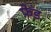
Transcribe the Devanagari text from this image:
फ़ेड